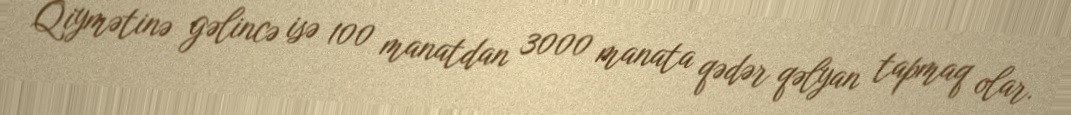
Qiymətinə gəlincə isə 100 manatdan 3000 manata qədər qəlyan tapmaq olar.